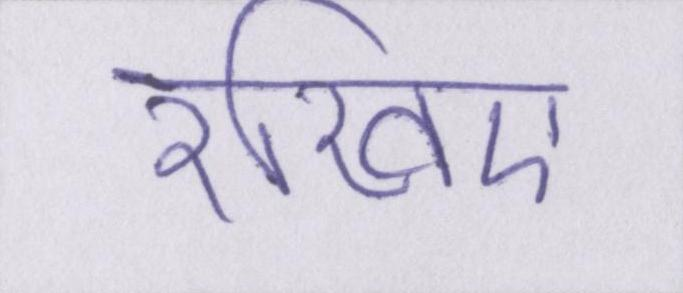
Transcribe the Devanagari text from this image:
रखिए